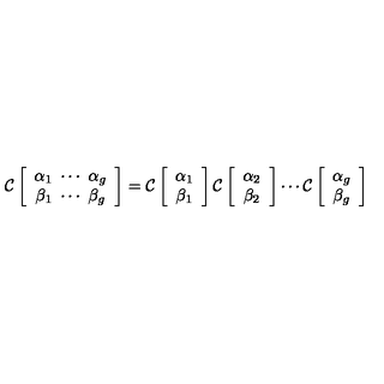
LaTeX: { \cal C } \left[ \begin{array} { c } { { \alpha } _ { 1 } \ \cdots \ \alpha _ { g } } \\ { { \beta } _ { 1 } \ \cdots \ \beta _ { g } } \\ \end{array} \right] = { \cal C } \left[ \begin{array} { c } { { \alpha } _ { 1 } } \\ { { \beta } _ { 1 } } \\ \end{array} \right] { \cal C } \left[ \begin{array} { c } { { \alpha } _ { 2 } } \\ { { \beta } _ { 2 } } \\ \end{array} \right] \cdots { \cal C } \left[ \begin{array} { c } { { \alpha } _ { g } } \\ { { \beta } _ { g } } \\ \end{array} \right]